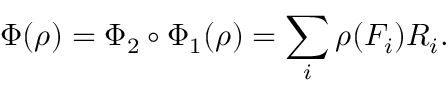
\Phi ( \rho ) = \Phi _ { 2 } \circ \Phi _ { 1 } ( \rho ) = \sum _ { i } \rho ( F _ { i } ) R _ { i } .